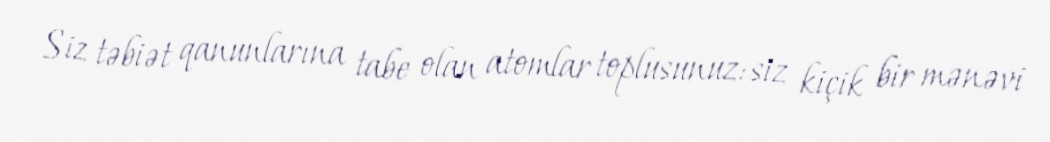
Siz təbiət qanunlarına tabe olan atomlar toplusunuz: siz kiçik bir mənəvi